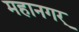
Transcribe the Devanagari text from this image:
महानगर्